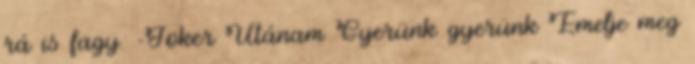
rá is fagy. -Joker Utánam Gyerünk gyerünk Emelje meg